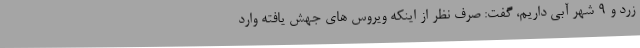
زرد و ۹ شهر آبی داریم، گفت: صرف نظر از اینکه ویروس های جهش یافته وارد